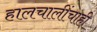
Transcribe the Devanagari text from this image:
हालचालींचाही